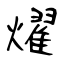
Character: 燿